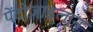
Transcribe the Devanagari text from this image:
पेंटोज़ाइलान